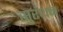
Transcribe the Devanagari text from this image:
सुरंधन